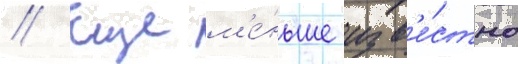
// Еще м'е́ньше изв'е́стно